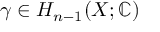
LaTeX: \gamma \in H _ { n - 1 } ( X ; \mathbb { C } )